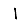
Digit: 1